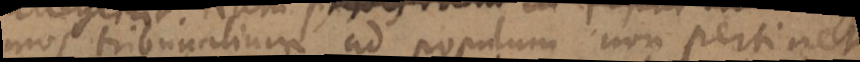
mos tribunalium ad populum non pertinet.